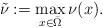
LaTeX: \begin{align*}\tilde{\nu}:=\max _{x \in \bar{\Omega}} \nu(x). \end{align*}